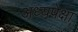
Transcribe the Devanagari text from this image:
अध्यपेक्षा